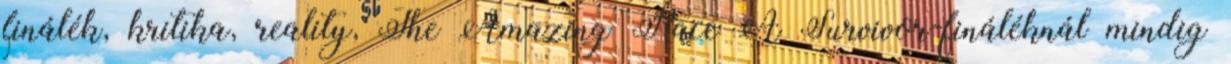
finálék, kritika, reality, The Amazing Race A Survivor-fináléknál mindig